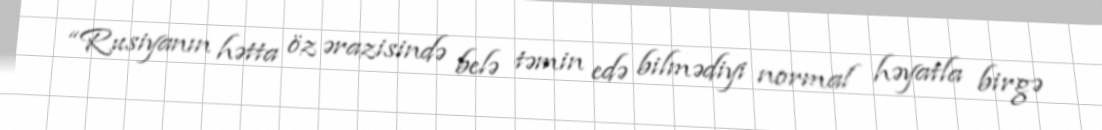
“Rusiyanın hətta öz ərazisində belə təmin edə bilmədiyi normal həyatla birgə